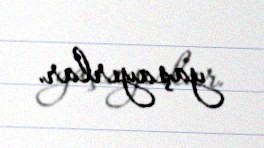
yaşayırlar.